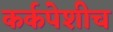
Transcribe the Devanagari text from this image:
कर्कपेशीच